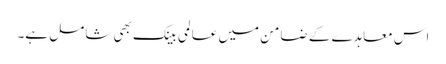
اس معاہدے کے ضامن میں عالمی بینک بھی شامل ہے۔